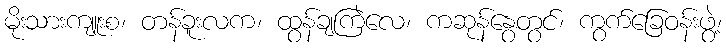
မိုးသားကျူးစ၊ တန်ခူးလက၊ ထွန်ချကြဲလေ၊ ကဆုန်နွေတွင်၊ ကွက်ခြေဝန်းဖွဲ့၊